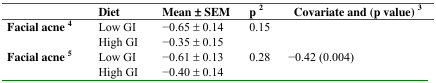
<table><thead><tr><td></td><td><b>Diet </b></td><td><b>Mean ± SEM</b></td><td><b>p <sup>2</sup></b></td><td><b>Covariate and (p value) <sup>3</sup></b></td></tr></thead><tbody><tr><td>Facial acne <sup>4</sup></td><td>Low GI</td><td>−0.65 ± 0.14</td><td>0.15</td><td></td></tr><tr><td></td><td>High GI</td><td>−0.35 ± 0.15</td><td></td><td></td></tr><tr><td>Facial acne <sup>5</sup></td><td>Low GI</td><td>−0.61 ± 0.13</td><td>0.28</td><td>−0.42 (0.004)</td></tr><tr><td></td><td>High GI</td><td>−0.40 ± 0.14</td><td></td><td></td></tr></tbody></table>